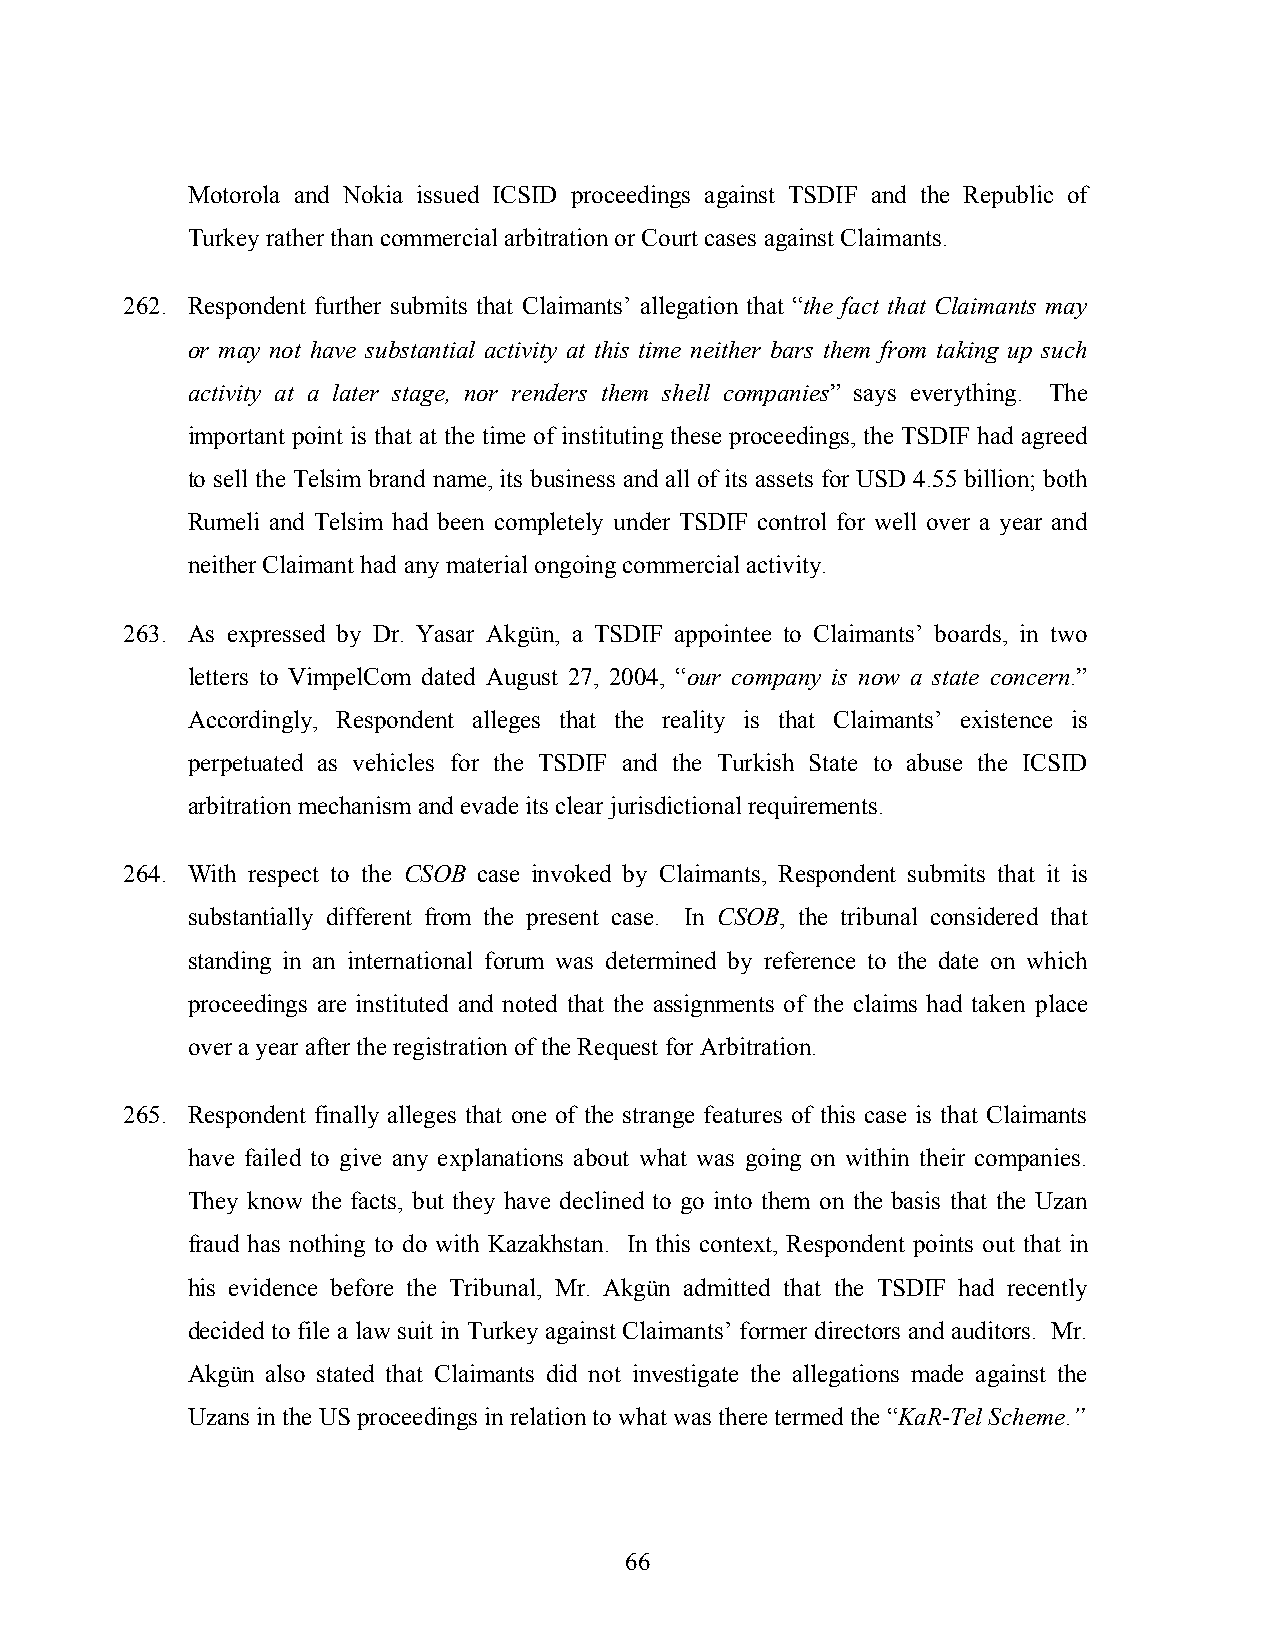
Motorola and Nokia issued ICSID proceedings against TSDIF and the Republic of
 Turkey rather than commercial arbitration or Court cases against Claimants.
 262. Respondent further submits that Claimants’ allegation that “the fact that Claimants may
 or may not have substantial activity at this time neither bars them from taking up such
 activity at a later stage, nor renders them shell companies” says everything. The
 important point is that at the time of instituting these proceedings, the TSDIF had agreed
 to sell the Telsim brand name, its business and all of its assets for USD 4.55 billion; both
 Rumeli and Telsim had been completely under TSDIF control for well over a year and
 neither Claimant had any material ongoing commercial activity.
 263. As expressed by Dr. Yasar Akgün, a TSDIF appointee to Claimants’ boards, in two
 letters to VimpelCom dated August 27, 2004, “our company is now a state concern.”
 Accordingly, Respondent alleges that the reality is that Claimants’ existence is
 perpetuated as vehicles for the TSDIF and the Turkish State to abuse the ICSID
 arbitration mechanism and evade its clear jurisdictional requirements.
 264. With respect to the CSOB case invoked by Claimants, Respondent submits that it is
 substantially different from the present case. In CSOB, the tribunal considered that
 standing in an international forum was determined by reference to the date on which
 proceedings are instituted and noted that the assignments of the claims had taken place
 over a year after the registration of the Request for Arbitration.
 265. Respondent finally alleges that one of the strange features of this case is that Claimants
 have failed to give any explanations about what was going on within their companies.
 They know the facts, but they have declined to go into them on the basis that the Uzan
 fraud has nothing to do with Kazakhstan. In this context, Respondent points out that in
 his evidence before the Tribunal, Mr. Akgün admitted that the TSDIF had recently
 decided to file a law suit in Turkey against Claimants’ former directors and auditors. Mr.
 Akgün also stated that Claimants did not investigate the allegations made against the
 Uzans in the US proceedings in relation to what was there termed the “KaR-Tel Scheme.”
 66